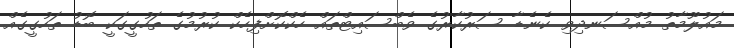
މައުލޫމާތު މުއްސަނދިވި ކެނެޑާ ސަރުކާރުގެ ވެބްސައިޓްތައް ހެކްކޮށްފިހެކް ކުރުމުގެ ތަހުގީގަކީ ބޮޑު ތަހުގީގެއް